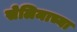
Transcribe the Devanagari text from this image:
सेलिमाच्या